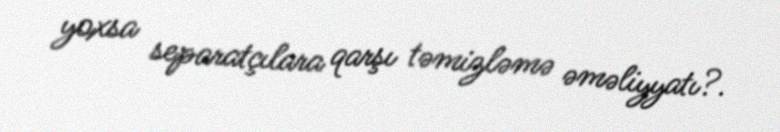
yoxsa separatçılara qarşı təmizləmə əməliyyatı?.